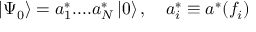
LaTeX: \left| \Psi _ { 0 } \right\rangle = a _ { 1 } ^ { * } . . . . a _ { N } ^ { * } \left| 0 \right\rangle , \quad a _ { i } ^ { * } \equiv a ^ { * } ( f _ { i } )